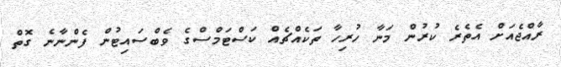
ރާއްޖެއަށް އެތެރެ ކުރުން މަނާ ހުރިހާ ތަކެއްޗެއް ކަސްޓަމްސްގެ ވެބްސައިޓުން ފެންނާނެ ގޮތް